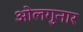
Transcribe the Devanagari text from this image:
ओलगुनार